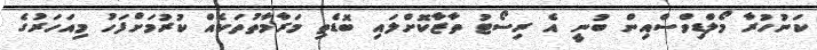
ކަނުހުރާ މޯލްޑިވްސްއިން ބުނީ އެ ރިސޯޓު ތާޒާކޮށްލައި ބޮޑެތި މަރާމާތުތަކެއް ކުރުމަށްފަހު މިއަހަރުގެ